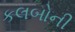
કલબોની